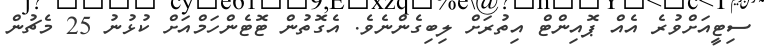
ސިޓީއަށްވުރެ އެއް ޕޮއިންޓް އިތުރަށް ލިބިގެންނެވެ. އެގޮތުން ޓޮޓެންހަމްއަށް ކުޅުނު 25 މެޗުން